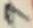
Text: 7